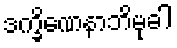
ဒက္ခိဏေနာဘိမုခါ